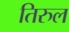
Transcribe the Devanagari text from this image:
तिरुल